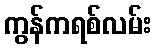
ကွန်ကရစ်လမ်း